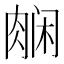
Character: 𬚿